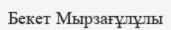
Бекет Мырзағұлұлы